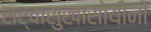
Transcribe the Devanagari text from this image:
सर्वासुखासोयीनी